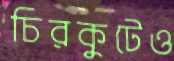
চিরকুটেও